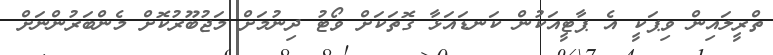
ތްރީލައިން ވިޕަކީ އެ ޕާޓީއަކުން ކަނޑައަޅާ ގޮތަކަށް ވޯޓު ދިނުމަށް މަޖުބޫރުކޮށް މެންބަރުންނަށް